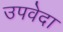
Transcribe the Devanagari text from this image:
उपवेदा